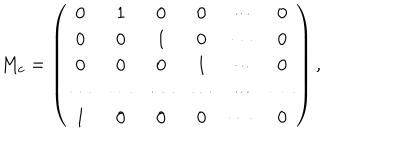
{ M _ { c } = \left( \begin{matrix} { { 0 } } & { { 1 } } & { { 0 } } & { { 0 } } & { { \cdots } } & { { 0 } } \\ { { 0 } } & { { 0 } } & { { 1 } } & { { 0 } } & { { \cdots } } & { { 0 } } \\ { { 0 } } & { { 0 } } & { { 0 } } & { { 1 } } & { { \cdots } } & { { 0 } } \\ { { \cdots } } & { { \cdots } } & { { \cdots } } & { { \cdots } } & { { \cdots } } & { { \cdots } } \\ { { 1 } } & { { 0 } } & { { 0 } } & { { 0 } } & { { \cdots } } & { { 0 } } \\ \end{matrix} \right) , }